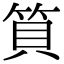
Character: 筫